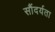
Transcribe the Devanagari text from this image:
सौंदर्यता